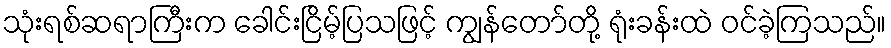
သုံးရစ်ဆရာကြီးက ခေါင်းငြိမ့်ပြသဖြင့် ကျွန်တော်တို့ ရုံးခန်းထဲ ဝင်ခဲ့ကြသည်။